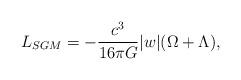
LaTeX: \begin{align*}L_{SGM}=-{c^{3} \over 16{\pi}G}\vert w \vert(\Omega + \Lambda),\end{align*}